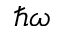
\hbar \omega